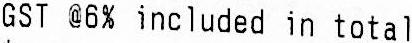
GST @6% INCLUDED IN TOTAL